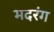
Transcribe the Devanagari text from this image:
मदरंग